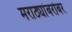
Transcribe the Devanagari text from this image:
मराठ्यांबरोबर